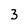
Character: 3